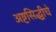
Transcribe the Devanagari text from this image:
अष्टसिद्धीचे